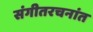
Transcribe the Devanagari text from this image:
संगीतरचनांत